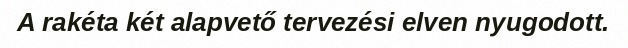
A rakéta két alapvető tervezési elven nyugodott.